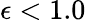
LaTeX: \epsilon<1.0